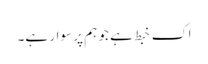
اک خبط ہے جو ہم پر سوار ہے۔